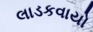
લાડકવાયો